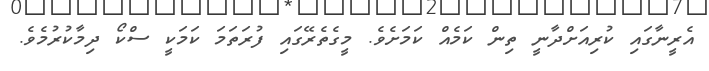
އެރީނާގައި ކުރިއަށްދާނީ ތިން ކަމެއް ކަމަށެވެ. މީގެތެރޭގައި ފުރަތަމަ ކަމަކީ ސްކޯ ދިމާކުރުމެވެ.